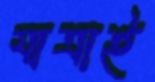
যাত্রাই